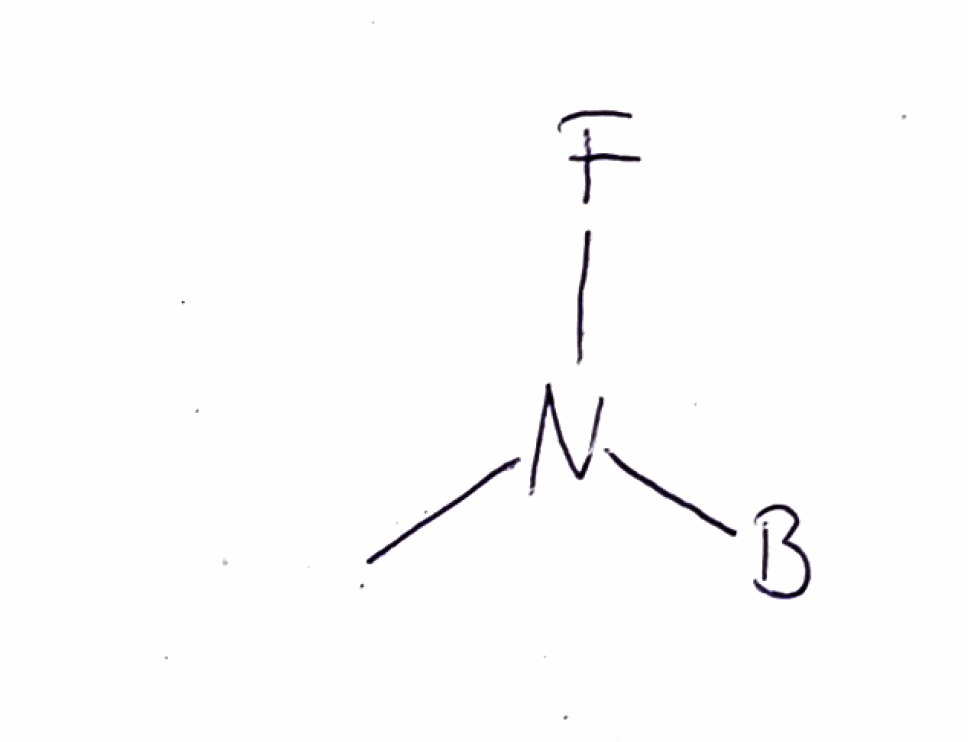
Simplified molecular-input line-entry system (SMILES) notation of the given molecule:
[B]N(C)F